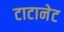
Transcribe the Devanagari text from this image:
टाटानेट